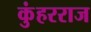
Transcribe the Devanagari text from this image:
कुंहरराज